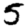
Digit: 5